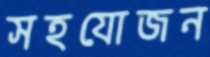
সহযোজন